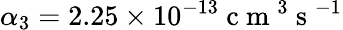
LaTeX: \alpha_{3}=2.25\times 10^{-13}\mathrm{~c~m~}^{3}\mathrm{~s~}^{-1}